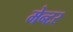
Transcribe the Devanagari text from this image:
मेन्टर